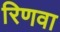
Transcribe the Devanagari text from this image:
रिणवा